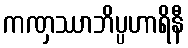
ကဏှဿာဘိပ္ပဟာရိနီ